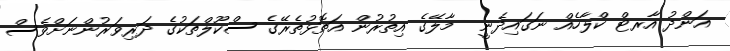
އަންދު އާރޓް ކްލާހެއް ނަގައިދެނީ  މާލޭގެ އިތުރުން އަތޮޅުތެރޭގެ ސްކޫލްތަކުގެ ދަރިވަރުންނަށްވެސް